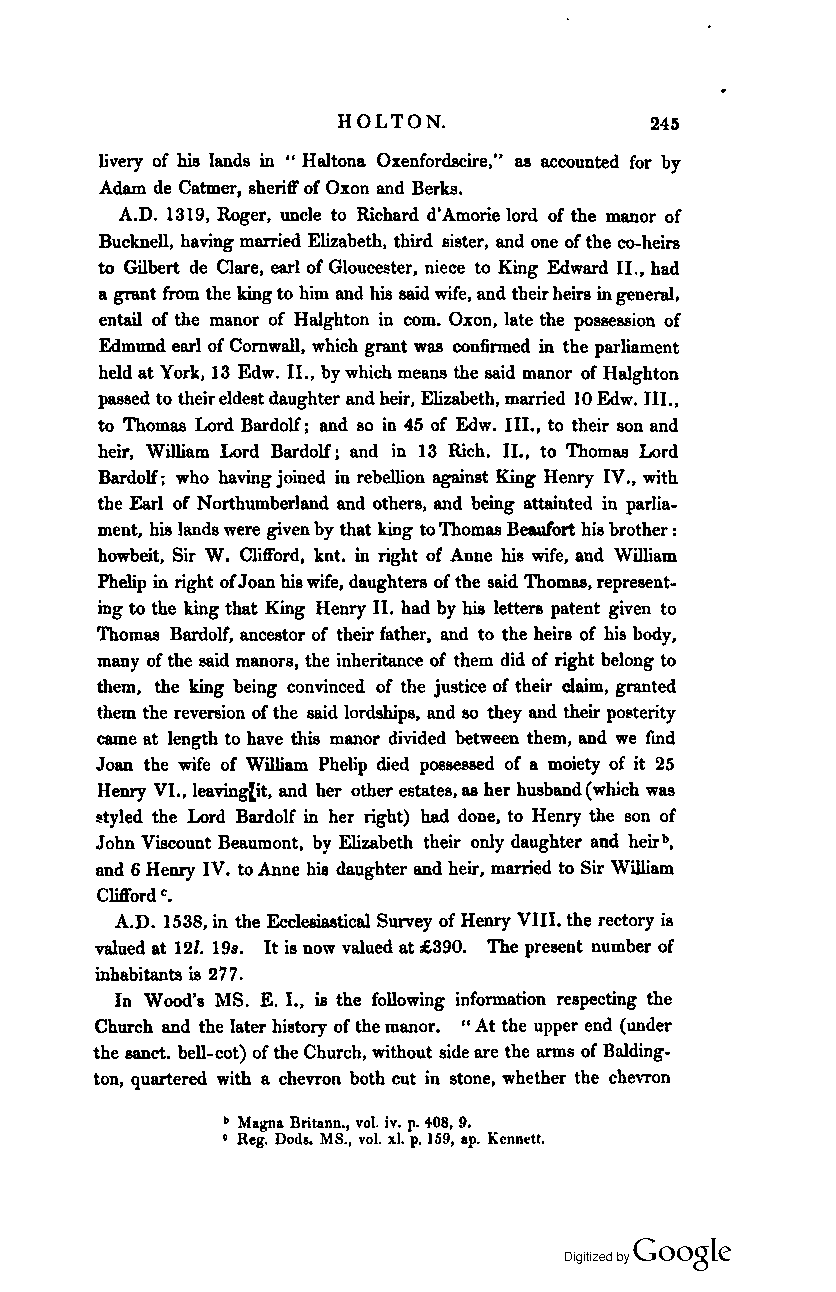
HOLTON.              245
 livery of his lands in .. HaJtona Oxenfordscire," as accounted for by
 Adam de Catmer, sheriff of axon and Berks.
 A.D. 1319, Roger, uncle to Richard d'Amorie lord of the manor of
 Bucknell, having married Elizabeth. third sister, and one of the co-heirs
 to Gilbert de Clare. earl of Gloucester, niece to King Edward II .• had
 a grant from the king to him and his said wife, and their heirs in generaJ.
 entail of the manor of HaJghton in com. axon. late the possession of
 Edmund earl of ComwaJI. which grant was confirmed in the parliament
 held at York. 13 Edw. II •• by which means the said manor of HaJghton
 passed to their eldest daughter and heir, Elizabeth, married 10 Edw. III..
 to Thomas Lord Bardolf; and so in 45 of Edw. III• • to their son and
 heir. William Lord Bardolf; and in 13 Rich. II •• to Thomas Lord
 Bardolf; who having joined in rebellion against King Henry IV• • with
 the Earl of Northumberland and others. and being attainted in parlia
 ment, his lands were given by that king to Thomas Beaufort his brother:
 howbeit. Sir W. Clifford. knt. in right of Anne his wife. and William
 Phe1ip in right of Joan his wife. daughters of the said Thomas. represent
 ing to the king that King Henry II. had by his letters patent given to
 Thomas Bardolf, ancestor of their father, and to the heirs of his body,
 many of the said manors, the inheritance of them did of right belong to
 them, the king being convinced of the justice of their claim, granted
 them the reversion of the said lordships, and 80 they and their posterity
 came at length to have this manor divided between them, and we fmd
 Joan the wife of William Phelip died possessed of a moiety of it 25
 Henry VI., leaving(it, and her other estates, as her husband (which was
 styled the Lord Bardolf in her right) had done, to Henry the son of
 John Viscount Beaumont, by Elizabeth their only daughter and heirb•
 and 6 Henry IV. to Anne his daughter and heir, married to Sir William
 ClliI'ord e.
 A.D. 1538, in the Ecclesiastical Survey of Henry VIII. the rectory is
 vaJued at 121. 19,. It is now valued at £390. The present number of
 inhabitants is 277.
 In Wood's MS. E. I •• is the following information respecting the
 Church and the later history of the manor. "At the upper end (under
 the eanct. bell-cot) of the Church, without side are the arms of BaJding
 ton, quartered with a chevron both cut in stone, whether the chevron
 b Magna Britann., vo). iv. p. +08. 9.
 • Reg. Dods. MS., vol. xl. p. 169. ap. Kennett.
 Coogle
 Digitized by